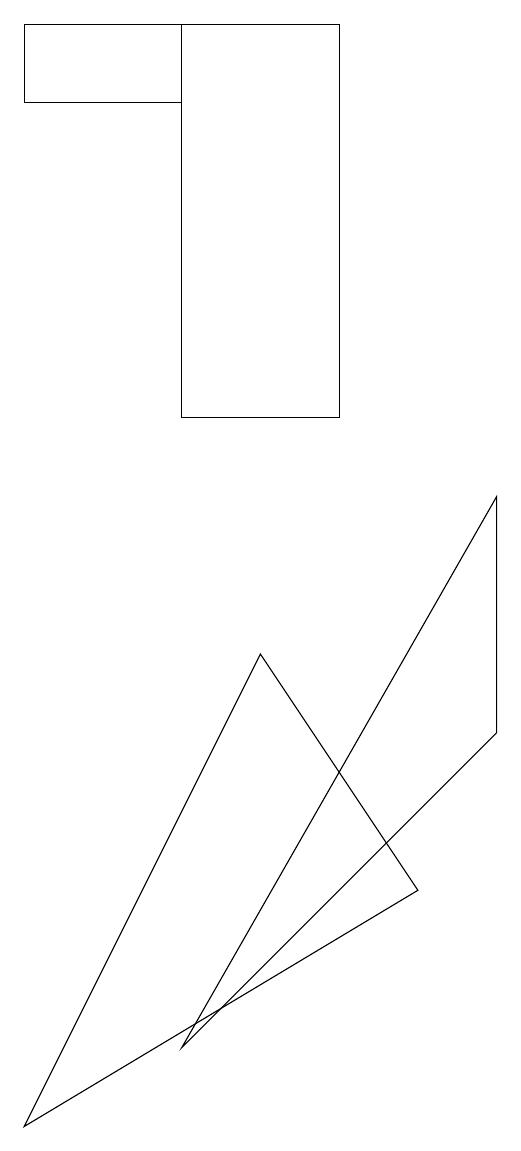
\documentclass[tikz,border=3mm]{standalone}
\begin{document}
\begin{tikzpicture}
\draw (7,6) -- (7,9) -- (3,2) -- cycle;
\draw (1,15) rectangle (3,14);
\draw (3,15) rectangle (5,10);
\draw (6,4) -- (4,7) -- (1,1) -- cycle;
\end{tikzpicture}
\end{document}